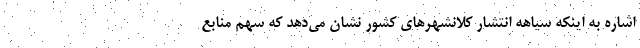
اشاره به اینکه سیاهه انتشار کلانشهرهای کشور نشان می‌دهد که سهم منابع